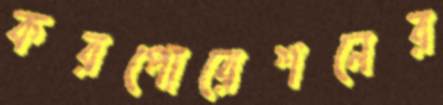
করপোরেশনের